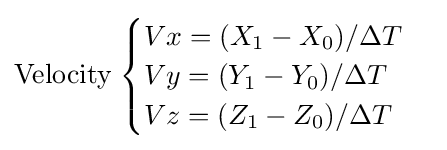
{\text{Velocity}}\;{\begin{cases}Vx=(X_{1}-X_{0})/\Delta T\\Vy=(Y_{1}-Y_{0})/\Delta T\\Vz=(Z_{1}-Z_{0})/\Delta T\end{cases}}